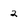
Character: 2